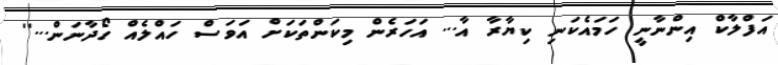
އަފްލާކް އިންނާނީ ހަމައެކަނި ކިޔާރާ އާ... އަހަރެން މިކަންތަކަށް އަވަސް ހައްލެއް ހޯދާނަން...''